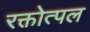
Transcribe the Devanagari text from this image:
रक्तोत्पल